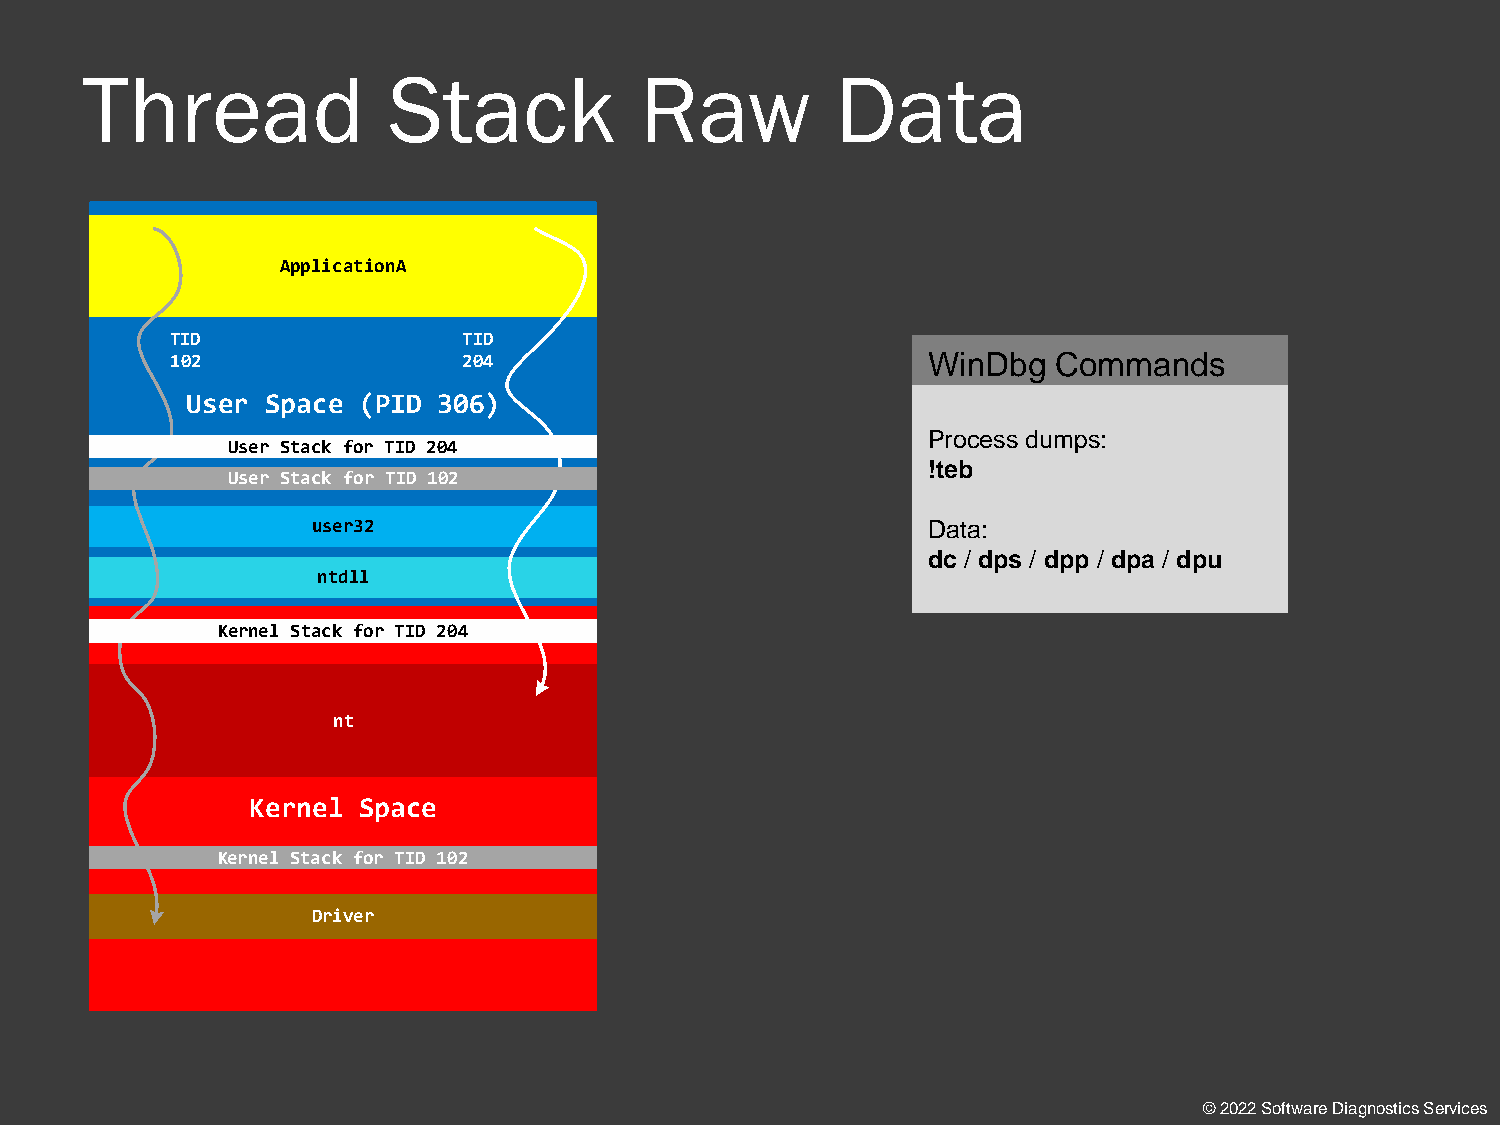
Thread               Stack           Raw          Data
 ApplicationA
 TID                 TID
 102                 204                           WinDbg   Commands
 User  Space (PID 306)
 Process dumps:
 User Stack for TID 204
 !teb
 User Stack for TID 102
 user32                                  Data:
 dc / dps / dpp / dpa / dpu
 ntdll
 Kernel Stack for TID 204
 nt
 Kernel  Space
 Kernel Stack for TID 102
 Driver
 © 2022 Software Diagnostics Services